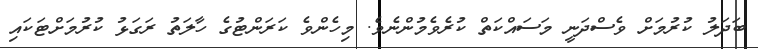
ބަދަލު ކުރުމަށް ވެސްދަނީ މަސައްކަތް ކުރެވެމުންނެވެ. މިހެންވެ ކަރަންޓުގެ ހާލަތު ރަގަޅު ކުރުމަށްޓަކައި